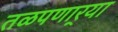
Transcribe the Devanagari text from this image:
तळपणार्‍या